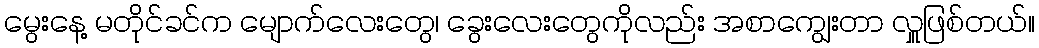
မွေးနေ့ မတိုင်ခင်က မျောက်လေးတွေ၊ ခွေးလေးတွေကိုလည်း အစာကျွေးတာ လှူဖြစ်တယ်။